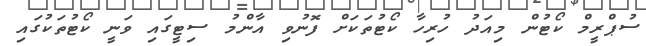
ސުޕްރީމް ކޯޓުން މިއަދު ހުރިހާ ކޯޓުތަކަށް ފޮނުވި އާންމު ސިޓީގައި ވަނީ ކޯޓުތަކުގައި